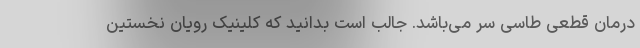
درمان قطعی طاسی سر می‌باشد. جالب است بدانید که کلینیک رویان نخستین